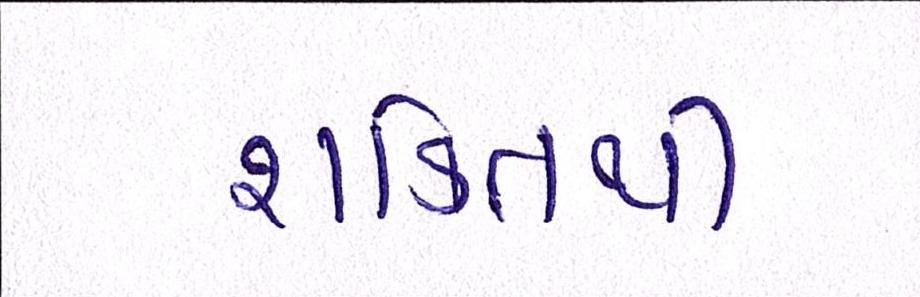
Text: શક્તિથી